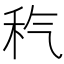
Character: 𥝬